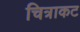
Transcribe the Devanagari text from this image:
चित्राकट